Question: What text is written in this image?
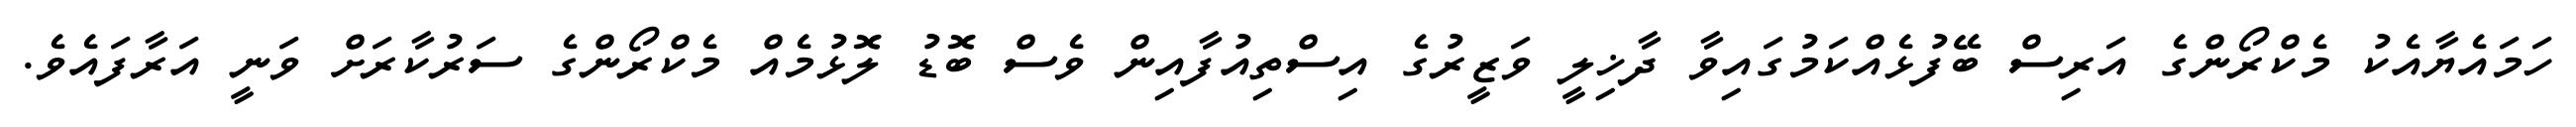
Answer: ހަމައެޔާއެކު މެކްރޯންގެ އަރިސް ބޭފުޅެއްކަމުގައިވާ ދާޚިލީ ވަޒީރުގެ އިސްތިއުފާއިން ވެސް ބޮޑު ލޮޅުމެއް މެކްރޯންގެ ސަރުކާރަށް ވަނީ އަރާފައެވެ.